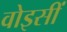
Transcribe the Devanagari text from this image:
वोइसीं